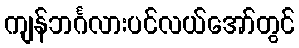
ကျန်ဘင်္ဂလားပင်လယ်အော်တွင်